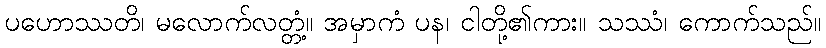
ပဟောဿတိ၊ မလောက်လတ္တံ့။ အမှာကံ ပန၊ ငါတို့၏ကား။ သဿံ၊ ကောက်သည်။